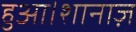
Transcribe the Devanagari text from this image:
हुआ।शानाज़